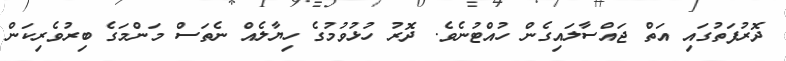
ދޮރުފަތުގައި އަތް ޖައްސާލައިގެން ހުއްޓުނެވެ. ދޮރު ހުޅުވުމުގެ ހިޔާލެއް ނެތަސް މަންމަގެ ބިރުވެރިކަން